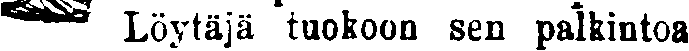
# Löytäjä tuokoon sen palkintoa